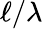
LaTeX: \ell/\lambda